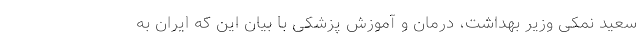
سعید نمکی وزیر بهداشت، درمان و آموزش پزشکی با بیان این که ایران به